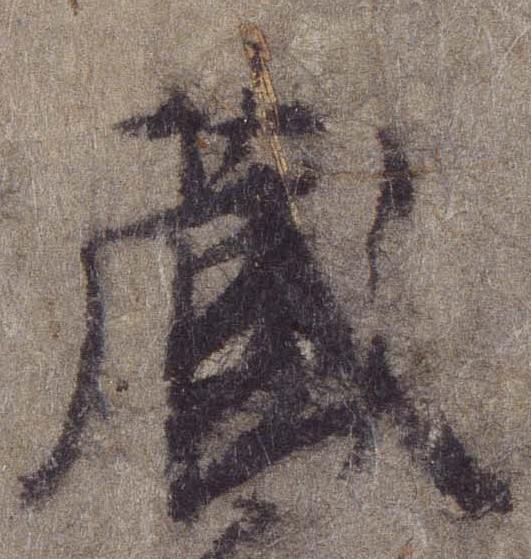
蔵